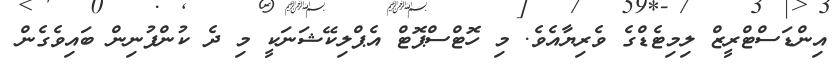
އިންޑަސްޓްރީޒް ލިމިޓެޑްގެ ވެރިޔާއެވެ. މި ހޮޓްސްޕޮޓް އެޕްލިކޭޝަނަކީ މި ދެ ކުންފުނިން ބައިވެގެން